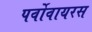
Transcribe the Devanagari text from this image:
पर्वोवायरस